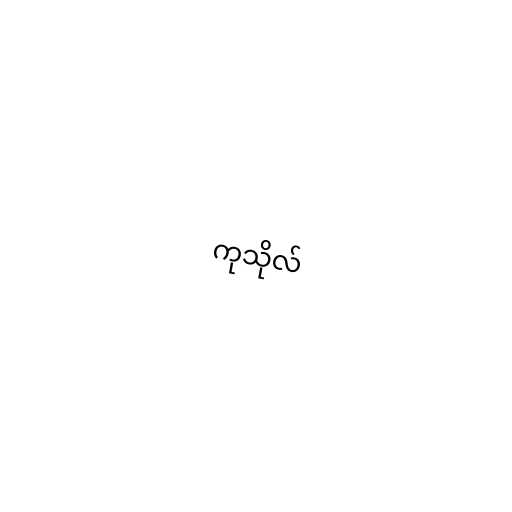
ကုသိုလ်